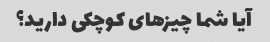
آیا شما چیزهای کوچکی دارید؟